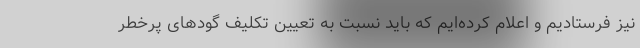
نیز فرستادیم و اعلام کرده‌ایم که باید نسبت به تعیین تکلیف گودهای پرخطر